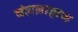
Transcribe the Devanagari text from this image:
वंशब्राह्मण